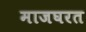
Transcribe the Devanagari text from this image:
माजघरत